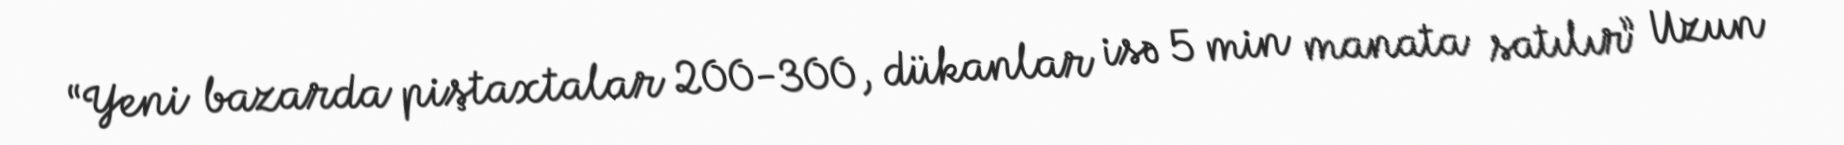
“Yeni bazarda piştaxtalar 200-300, dükanlar isə 5 min manata satılır” Uzun